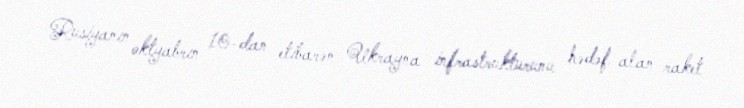
Rusiyanın oktyabrın 10-dan etibarən Ukrayna infrastrukturunu hədəf alan raket